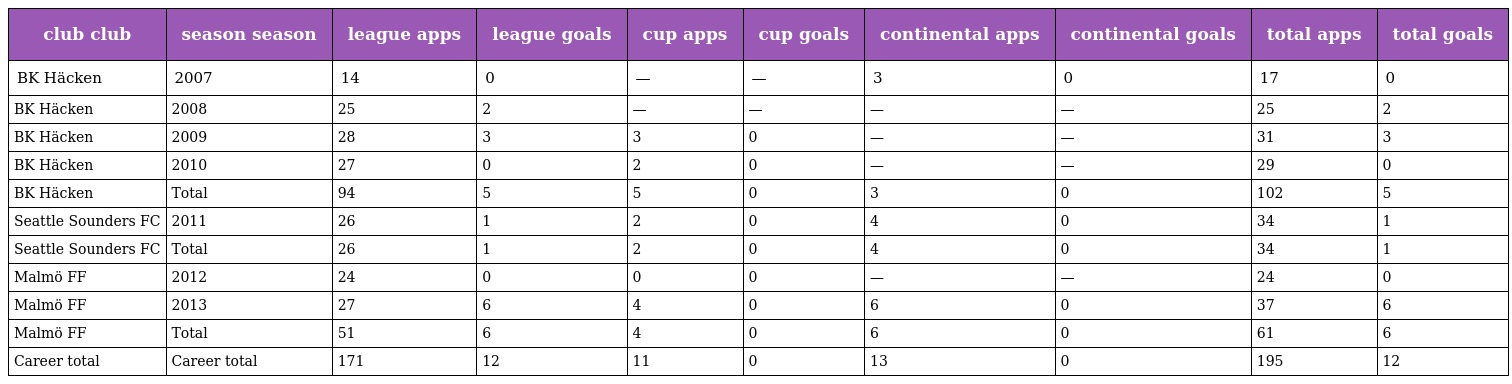
| club club | season season | league apps | league goals | cup apps | cup goals | continental apps | continental goals | total apps | total goals |
 | --- | --- | --- | --- | --- | --- | --- | --- | --- | --- |
 | BK Häcken | 2007 | 14 | 0 | — | — | 3 | 0 | 17 | 0 |
 | BK Häcken | 2008 | 25 | 2 | — | — | — | — | 25 | 2 |
 | BK Häcken | 2009 | 28 | 3 | 3 | 0 | — | — | 31 | 3 |
 | BK Häcken | 2010 | 27 | 0 | 2 | 0 | — | — | 29 | 0 |
 | BK Häcken | Total | 94 | 5 | 5 | 0 | 3 | 0 | 102 | 5 |
 | Seattle Sounders FC | 2011 | 26 | 1 | 2 | 0 | 4 | 0 | 34 | 1 |
 | Seattle Sounders FC | Total | 26 | 1 | 2 | 0 | 4 | 0 | 34 | 1 |
 | Malmö FF | 2012 | 24 | 0 | 0 | 0 | — | — | 24 | 0 |
 | Malmö FF | 2013 | 27 | 6 | 4 | 0 | 6 | 0 | 37 | 6 |
 | Malmö FF | Total | 51 | 6 | 4 | 0 | 6 | 0 | 61 | 6 |
 | Career total | Career total | 171 | 12 | 11 | 0 | 13 | 0 | 195 | 12 |